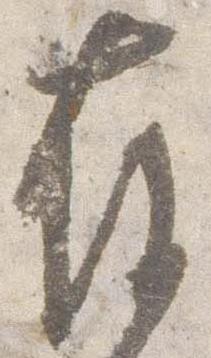
存